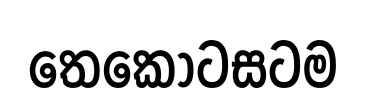
තෙකොටසටම